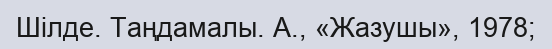
Шілде. Таңдамалы. А., «Жазушы», 1978;